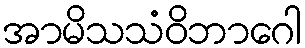
အာမိသသံဝိဘာဂေါ